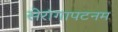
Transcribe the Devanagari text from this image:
सेरांगापटनम